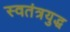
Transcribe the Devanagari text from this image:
स्वतंत्रयुद्ध